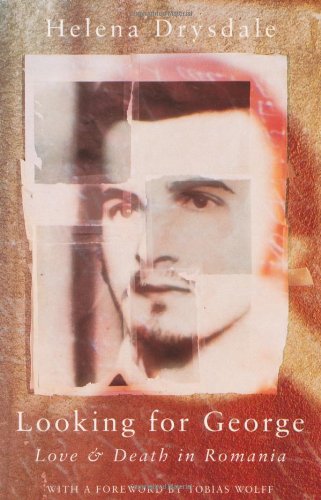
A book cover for Looking for George; Helena Drysdale; Travel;